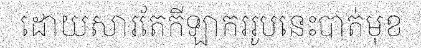
ដោយសារតែកីឡាកររូបនេះបាត់មុខ